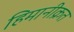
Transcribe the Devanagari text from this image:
हिमानीक्रत